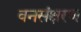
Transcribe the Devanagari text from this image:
वनसंक्षरण